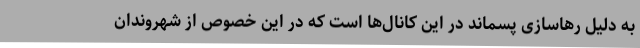
به دلیل رهاسازی پسماند در این کانال‌ها است که در این خصوص از شهروندان